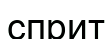
сприт